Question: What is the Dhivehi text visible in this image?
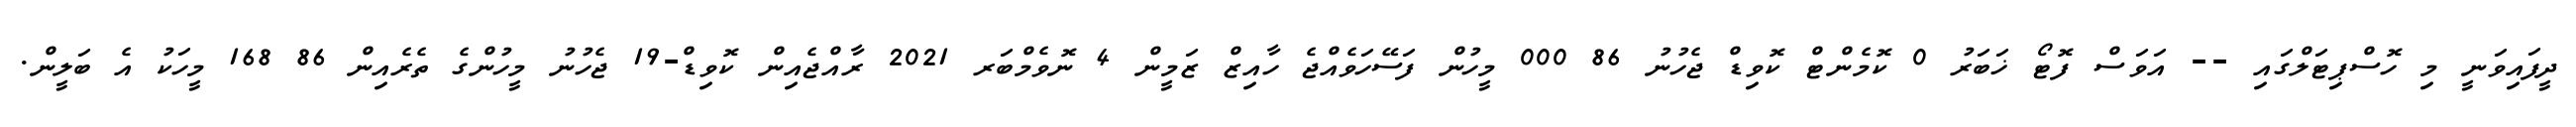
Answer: ދީފައިވަނީ މި ހޮސްޕިޓަލްގައި -- އަވަސް ފޮޓޯ ޚަބަރު 0 ކޮމެންޓް ކޮވިޑް ޖެހުނު 86 000 މީހުން ފަސޭހަވެއްޖެ ހާއިޒް ޒަމީން 4 ނޮވެމްބަރ 2021 ރާއްޖެއިން ކޮވިޑް-19 ޖެހުނު މީހުންގެ ތެރެއިން 86 168 މީހަކު އެ ބަލީން.